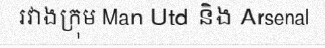
រវាងក្រុម Man Utd និង Arsenal